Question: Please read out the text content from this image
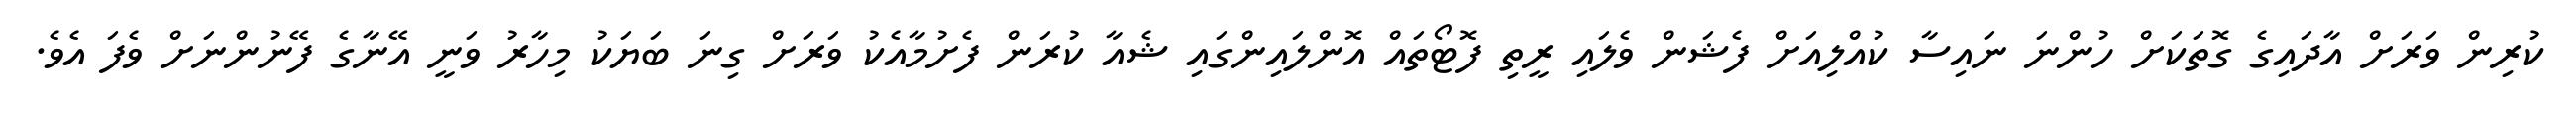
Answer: ކުރިން ވަރަށް އާދައިގެ ގޮތަކަށް ހުންނަ ނައިސާ ކުއްލިއަށް ފެޝަން ވެލައި ރީތި ފޮޓޯތައް އޮންލައިންގައި ޝެއާ ކުރަން ފެށުމާއެކު ވަރަށް ގިނަ ބަޔަކު މިހާރު ވަނީ އޭނާގެ ފޭނުންނަށް ވެފަ އެވެ.